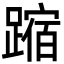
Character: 蹜